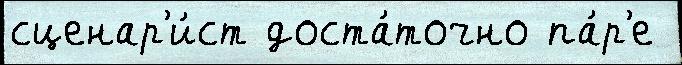
сценар'и́ст доста́точно па́р'е